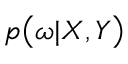
p \big ( \boldsymbol { \omega } | \boldsymbol { X } , \boldsymbol { Y } \big )